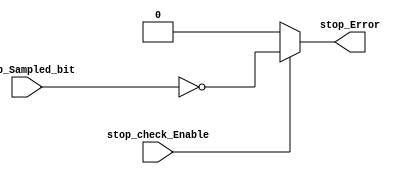
module UART_RX_stop_Check (
    input  wire stop_check_Enable,
    input  wire stop_Sampled_bit,
    output reg  stop_Error
);

always @(*) begin
    if(stop_check_Enable) begin
        stop_Error = !stop_Sampled_bit;
    end
    else begin
        stop_Error = 1'b0;
    end
end
    
endmodule